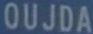
OUJDA